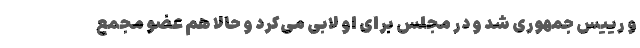
و رییس جمهوری شد و در مجلس برای او لابی می‌کرد و حالا هم عضو مجمع